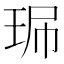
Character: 𤥈